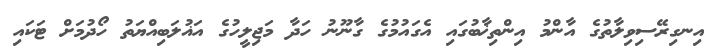
އިނގިރޭސިވިލާތުގެ އާންމު އިންތިޚާބުގައި އެގައުމުގެ ގާނޫނު ހަދާ މަޖިލީހުގެ އަޣުލަބިއްޔަތު ހޯދުމަށް ޓަކައި